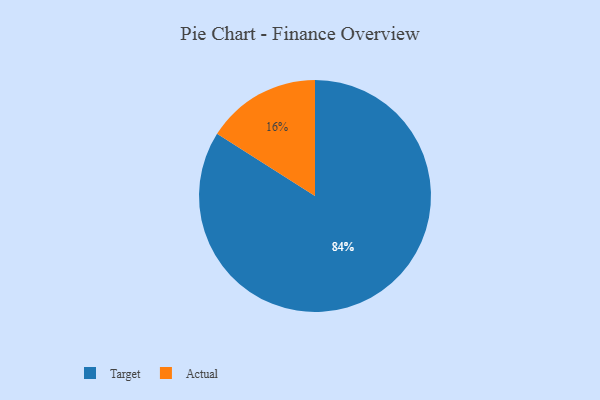
{"axis": {"x": "Category", "y": "Percentage"}, "legend": ["Actual", "Target"], "data": [{"x": "Target", "y": 84, "type": "Target"}, {"x": "Actual", "y": 16, "type": "Actual"}]}